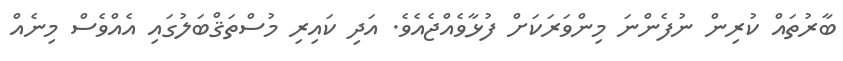
ބާރުތައް ކުރިން ނުފެންނަ މިންވަރަކަށް ފުޅާވެއްޖެއެވެ. އަދި ކައިރި މުސްތަޤްބަލުގައި އެއްވެސް މިނެއް